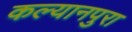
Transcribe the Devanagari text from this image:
कल्यानपुरा